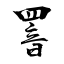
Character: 罯